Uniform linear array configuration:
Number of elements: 24
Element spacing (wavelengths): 0.25
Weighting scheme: blackman
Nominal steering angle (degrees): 60
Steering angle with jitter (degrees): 60.29
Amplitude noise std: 0.05
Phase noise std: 0.05

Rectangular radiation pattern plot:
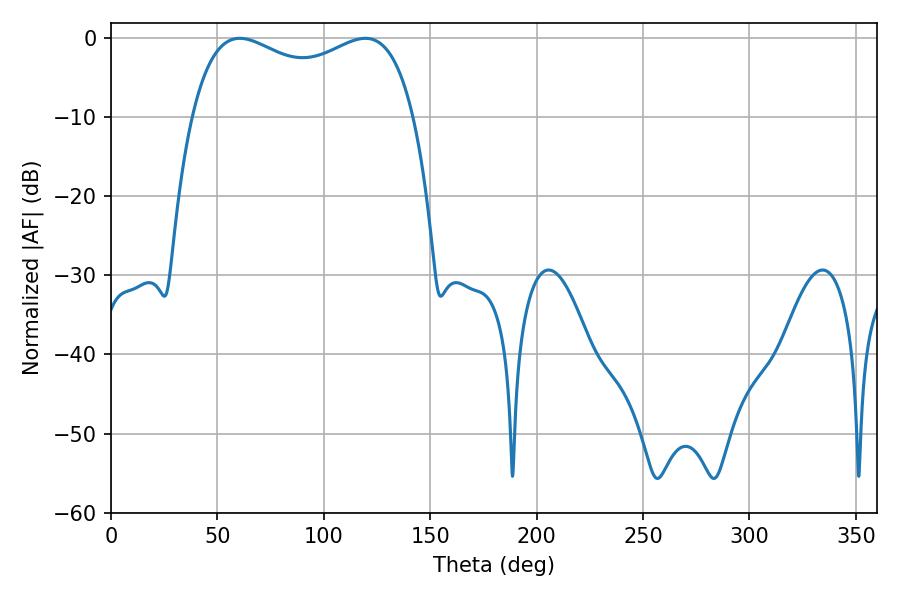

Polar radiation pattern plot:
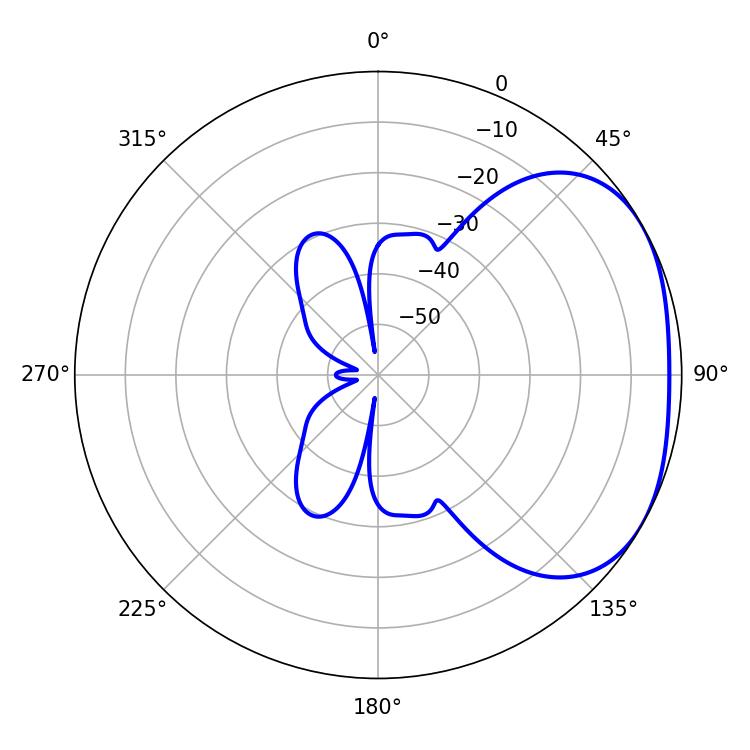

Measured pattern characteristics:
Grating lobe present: FALSE
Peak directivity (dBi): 2.501
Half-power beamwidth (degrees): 86.4
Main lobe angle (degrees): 60.48